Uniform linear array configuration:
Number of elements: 32
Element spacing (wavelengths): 0.75
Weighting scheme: blackman
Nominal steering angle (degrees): -45
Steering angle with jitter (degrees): -43.306
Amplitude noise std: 0.05
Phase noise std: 0.05

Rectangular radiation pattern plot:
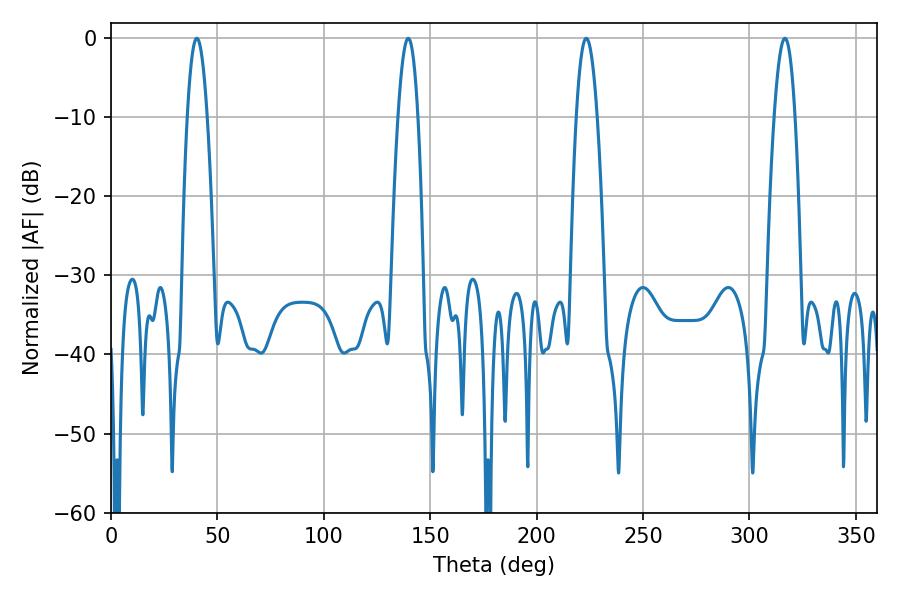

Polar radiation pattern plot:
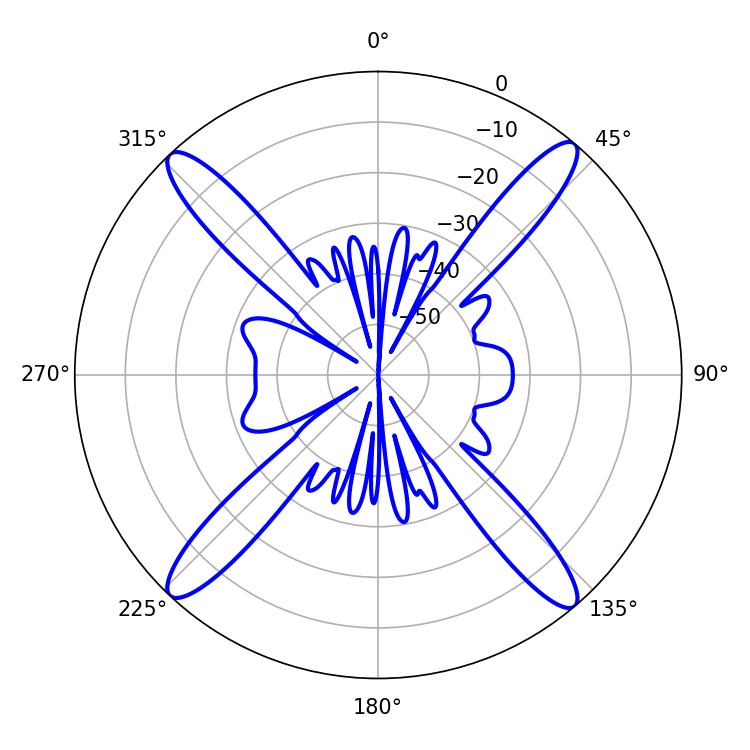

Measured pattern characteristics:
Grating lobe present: TRUE
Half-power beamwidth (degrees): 5.22
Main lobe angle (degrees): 40.32